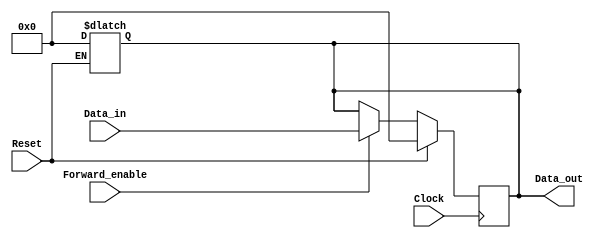
module ForwardingRegister (
    input wire [31:0] Data_in,      // Input data (32-bit)
    input wire Forward_enable,       // Control signal for forwarding
    input wire Clock,                // Clock signal
    input wire Reset,                // Asynchronous reset signal
    output reg [31:0] Data_out       // Output data (32-bit)
);

// Asynchronous reset logic
always @* begin
    if (Reset) begin
        Data_out = 32'b0;           // Clear output on reset
    end
end

// Sequential logic for data forwarding
always @(posedge Clock) begin
    if (Reset) begin
        Data_out <= 32'b0;           // Clear output on reset
    end else if (Forward_enable) begin
        Data_out <= Data_in;         // Forward input data if enabled
    end
    // If Forward_enable is not asserted, retain the previous value (no action needed)
end

endmodule